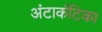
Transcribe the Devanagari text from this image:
अंटार्कटिका